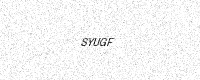
Text: SYUGF